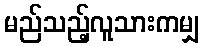
မည်သည့်လူသားကမျှ